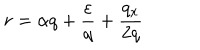
r = \alpha q + \frac { \varepsilon } { q } + \frac { q _ { x } } { 2 q }